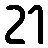
21